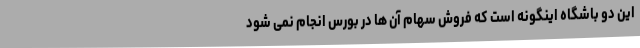
این دو باشگاه اینگونه است که فروش سهام آن ها در بورس انجام نمی شود